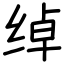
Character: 绰